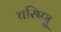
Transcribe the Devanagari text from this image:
चरिष्णु